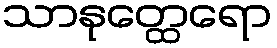
သာနုတ္ထေရော